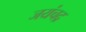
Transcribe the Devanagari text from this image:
जयंचद्र